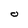
Character: O